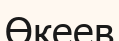
Өкеев